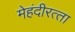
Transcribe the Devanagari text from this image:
मेहंदीरत्‍ता